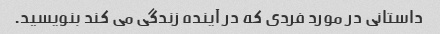
داستانی در مورد فردی که در آینده زندگی می کند بنویسید.